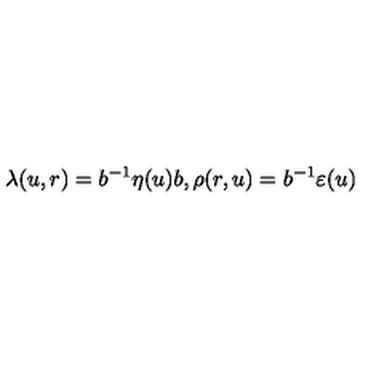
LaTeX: \lambda ( u , r ) = b ^ { - 1 } \eta ( u ) b , \rho ( r , u ) = b ^ { - 1 } \varepsilon ( u )